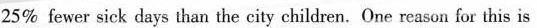
25% fewer sick days than the city children.One reason for this is